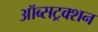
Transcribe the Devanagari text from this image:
ऑब्सट्रक्शन